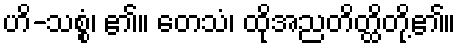
ဟိ-သစ္စံ၊ ၏။ တေသံ၊ ထိုအညတိတ္ထိတို့၏။